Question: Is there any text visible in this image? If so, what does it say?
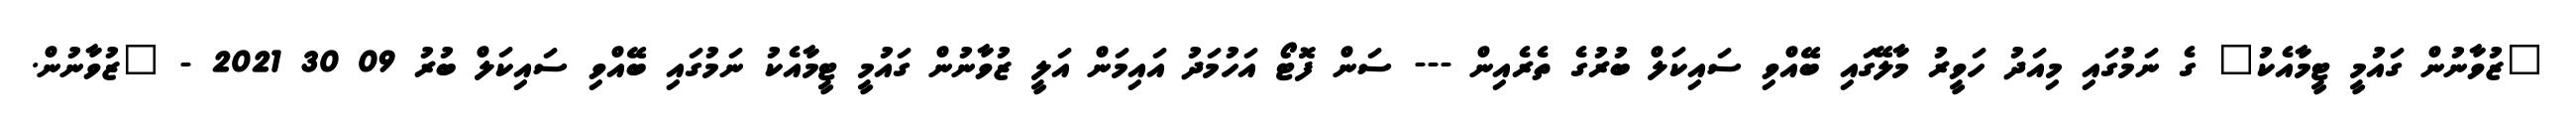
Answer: "ޒުވާނުން ގައުމީ ޓީމާއެކު" ގެ ނަމުގައި މިއަދު ހަވީރު މާލޭގައި ބޭއްވި ސައިކަލް ބުރުގެ ތެރެއިން --- ސަން ފޮޓޯ އަހުމަދު އައިމަން އަލީ ޒުވާނުން ގައުމީ ޓީމާއެކު ނަމުގައި ބޭއްވި ސައިކަލް ބުރު 09 30 2021 - "ޒުވާނުން.